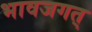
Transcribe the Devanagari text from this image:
भावजगत्